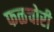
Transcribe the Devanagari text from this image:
फळचोरी